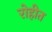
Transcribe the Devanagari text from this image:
रोहीत